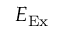
E _ { \mathrm { E x } }